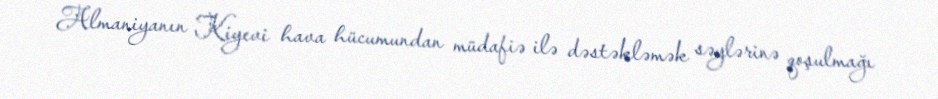
Almaniyanın Kiyevi hava hücumundan müdafiə ilə dəstəkləmək səylərinə qoşulmağı